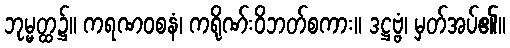
ဘုမ္မတ္ထ၌။ ကရဏဝစနံ၊ ကရိုဏ်းဝိဘတ်စကား။ ဒဋ္ဌဗ္ဗံ၊ မှတ်အပ်၏။